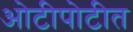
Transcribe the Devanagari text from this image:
ओटीपोटीत